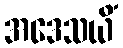
အဒေသယိံ